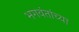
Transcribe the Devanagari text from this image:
भगवंतांच्या